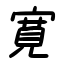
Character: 寛